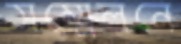
সম্মেলনে